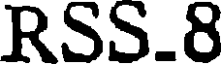
RSS.8